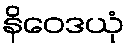
နိဝေဒယုံ